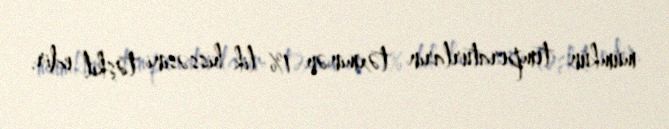
mümkün temperaturların təxminən 1%-lik hissəsini təşkil edir.